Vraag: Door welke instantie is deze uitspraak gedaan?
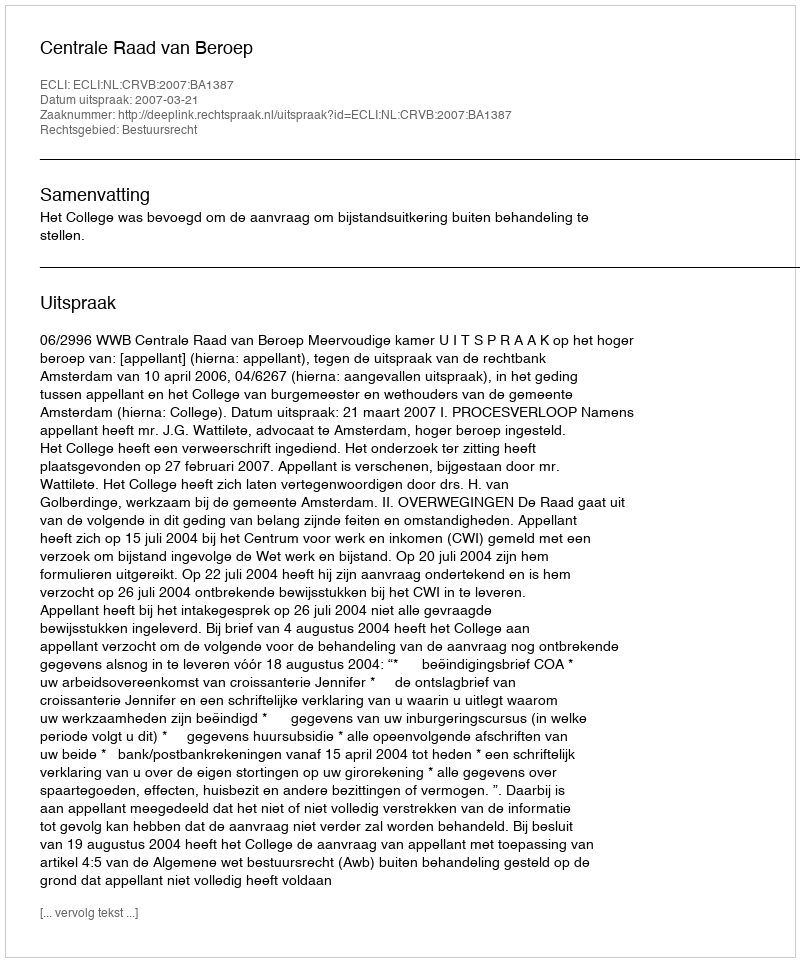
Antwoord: Centrale Raad van Beroep